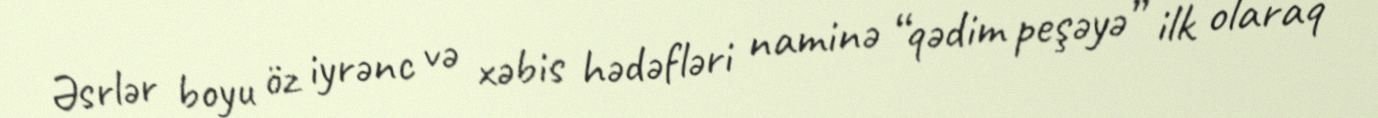
Əsrlər boyu öz iyrənc və xəbis hədəfləri naminə “qədim peşəyə” ilk olaraq